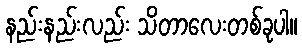
နည်းနည်းလည်း သိတာလေးတစ်ခုပါ။